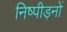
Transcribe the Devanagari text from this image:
निष्पीड़नों